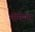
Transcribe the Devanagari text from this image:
मोमेण्ट